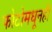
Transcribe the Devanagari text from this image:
फोटोमधूनही